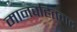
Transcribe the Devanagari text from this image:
मानवहितवाद